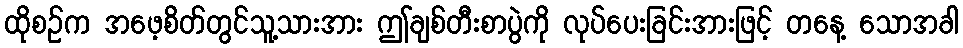
ထိုစဉ်က အဖေ့စိတ်တွင်သူ့သားအား ဤချစ်တီးစာပွဲကို လုပ်ပေးခြင်းအားဖြင့် တနေ့ သောအခါ